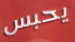
يحبس